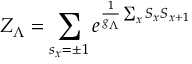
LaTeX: Z _ { \Lambda } = \sum _ { s _ { x } = \pm 1 } e ^ { \frac { 1 } { g _ { \Lambda } } \sum _ { x } S _ { x } S _ { x + 1 } }